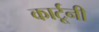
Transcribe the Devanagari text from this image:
कार्टूनी